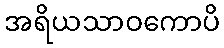
အရိယသာဝကောပိ